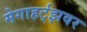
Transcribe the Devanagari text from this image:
मेगाहर्ट्‌झवर